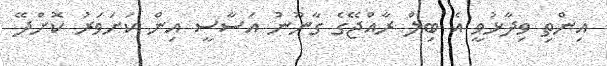
އިންތި ވިދާޅުވީ އެ ބިލް ރާއްޖޭގެ ގާނޫނު އަސާސީ އިން ކަށަވަރު ކޮށްދޭ